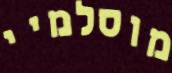
מוסלמיי